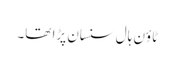
ٹاؤن ہال سنسان پڑا تھا۔